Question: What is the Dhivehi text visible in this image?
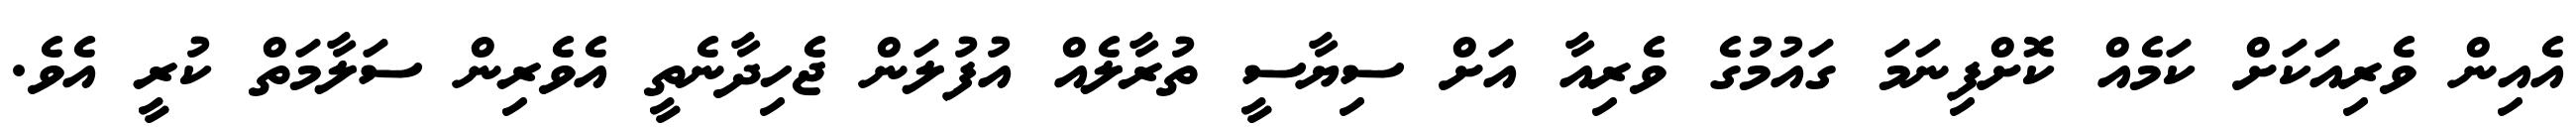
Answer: އެއިން ވެރިއަކަށް ކަމެއް ކޮށްފިނަމަ ގައުމުގެ ވެރިއާ އަށް ސިޔާސީ ތުރާލެއް އުފުލަން ޖެހިދާނެތީ އެވެރިން ސަލާމަތް ކުރީ އެވެ.